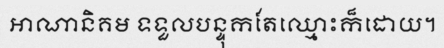
អាណានិគម ទទួលបន្ទុកតែឈ្មោះក៏ដោយ។